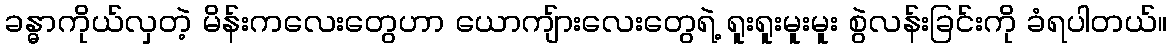
ခန္ဓာကိုယ်လှတဲ့ မိန်းကလေးတွေဟာ ယောကျ်ားလေးတွေရဲ့ ရူးရူးမူးမူး စွဲလန်းခြင်းကို ခံရပါတယ်။